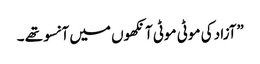
”آزاد کی موٹی موٹی آنکھوں میں آنسو تھے ۔